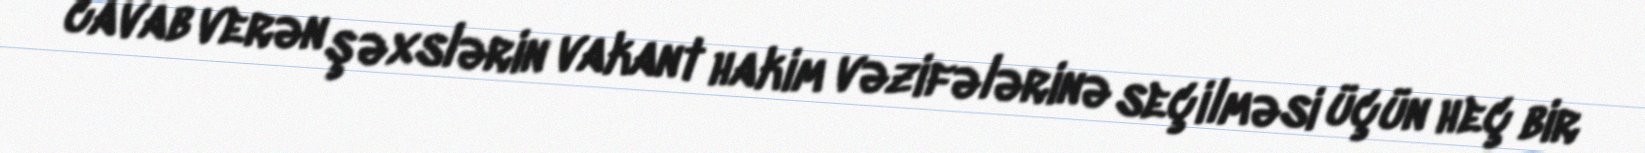
cavab verən şəxslərin vakant hakim vəzifələrinə seçilməsi üçün heç bir